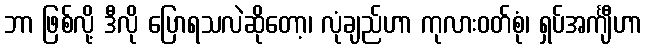
ဘာ ဖြစ်လို့ ဒီလို ပြောရသလဲဆိုတော့၊ လုံချည်ဟာ ကုလားဝတ်စုံ၊ ရှပ်အင်္ကျီဟာ